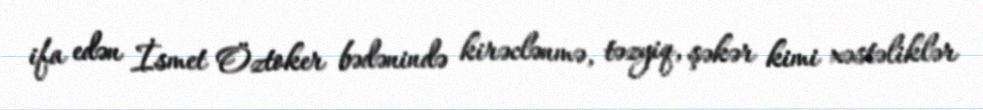
ifa edən İsmet Öztoker bədənində kirəclənmə, təzyiq, şəkər kimi xəstəliklər